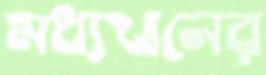
মধ্যখানের